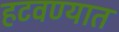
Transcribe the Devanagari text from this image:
हटवण्यात